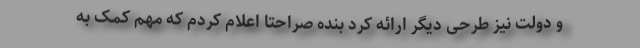
و دولت نیز طرحی دیگر ارائه کرد بنده صراحتا اعلام کردم که مهم کمک به